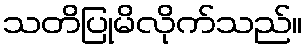
သတိပြုမိလိုက်သည်။